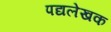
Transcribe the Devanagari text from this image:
पद्यलेखक